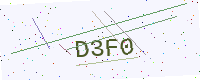
Text: D3F0